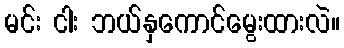
မင်း ငါး ဘယ်နှကောင်မွေးထားလဲ။